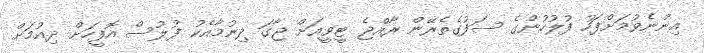
އިންނެވުމަށްފަހު ފުލުހުންގެ ސަފުގެތެރޭން ރާއްޖެ ޓީވީއަށް ޖާގަ ދިނުމާއެކު ފުލުސް އޮފީހަށް ދިއުމަށް